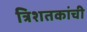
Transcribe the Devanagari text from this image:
त्रिशतकांची